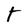
Character: T